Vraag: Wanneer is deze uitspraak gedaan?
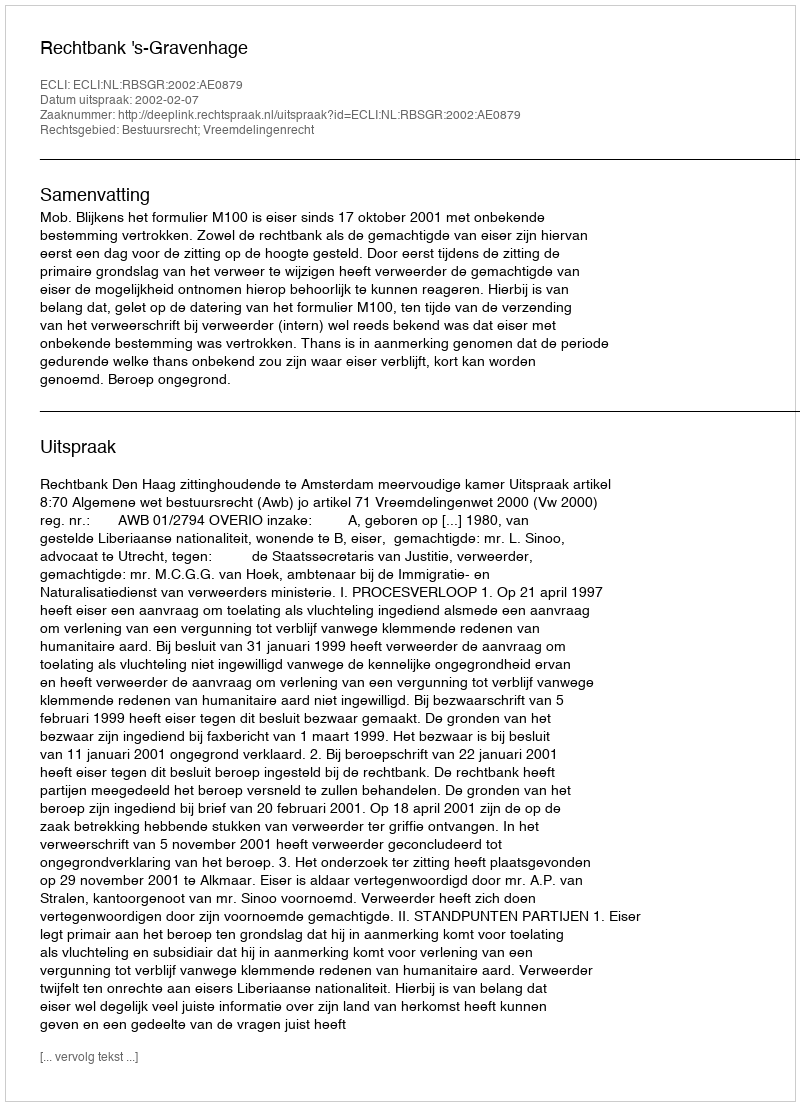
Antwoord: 2002-02-07